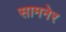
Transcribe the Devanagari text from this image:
सामनेर